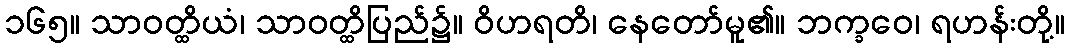
၁၆၅။ သာဝတ္ထိယံ၊ သာဝတ္ထိပြည်၌။ ဝိဟရတိ၊ နေတော်မူ၏။ ဘက္ခဝေ၊ ရဟန်းတို့။